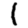
Digit: 1